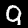
Digit: 9